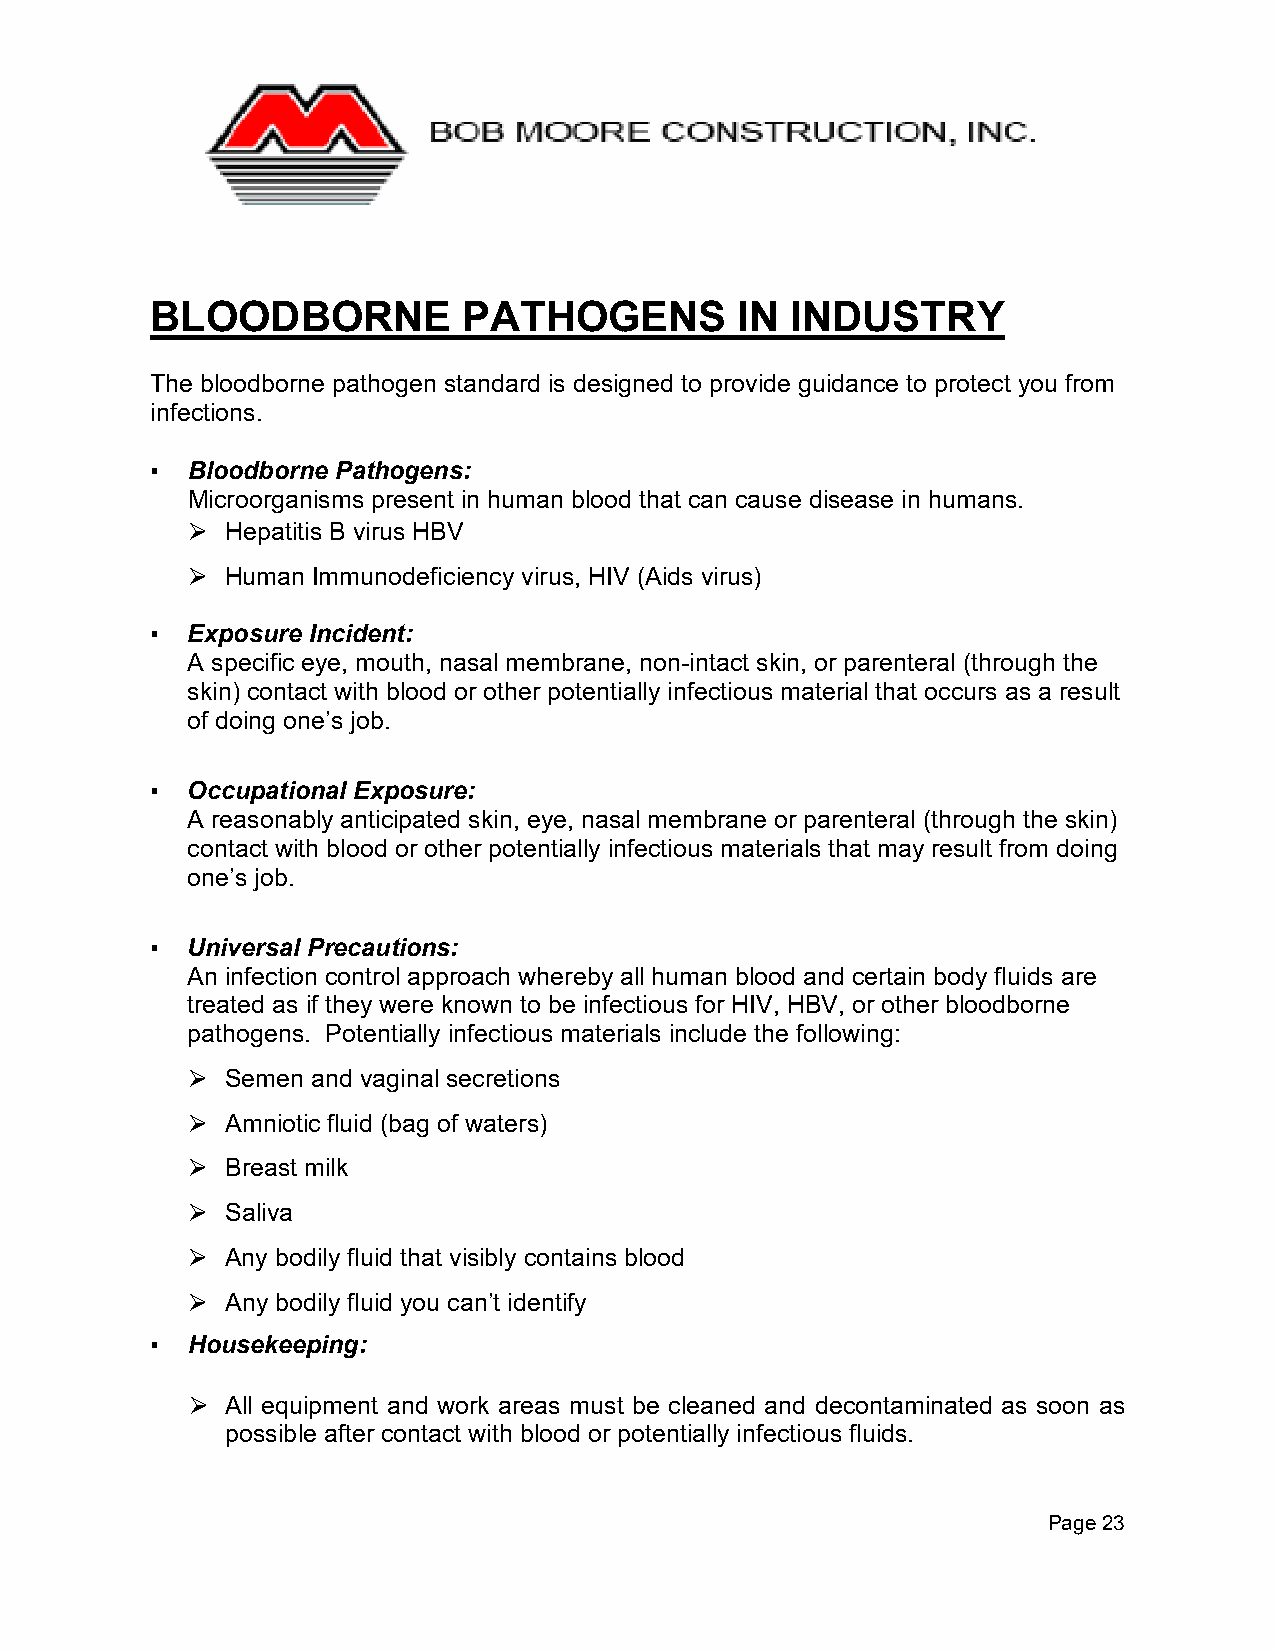
BLOODBORNE           PATHOGENS         IN INDUSTRY
 The bloodborne pathogen standard is designed to provide guidance to protect you from
 infections.
 ▪ Bloodborne Pathogens:
 Microorganisms present in human blood that can cause disease in humans.
 Hepatitis B virus HBV
 ⮚
 Human Immunodeficiency virus, HIV (Aids virus)
 ⮚
 ▪ Exposure Incident:
 A specific eye, mouth, nasal membrane, non-intact skin, or parenteral (through the
 skin) contact with blood or other potentially infectious material that occurs as a result
 of doing one’s job.
 ▪ Occupational Exposure:
 A reasonably anticipated skin, eye, nasal membrane or parenteral (through the skin)
 contact with blood or other potentially infectious materials that may result from doing
 one’s job.
 ▪ Universal Precautions:
 An infection control approach whereby all human blood and certain body fluids are
 treated as if they were known to be infectious for HIV, HBV, or other bloodborne
 pathogens. Potentially infectious materials include the following:
 Semen and vaginal secretions
 ⮚
 Amniotic fluid (bag of waters)
 ⮚
 Breast milk
 ⮚
 Saliva
 ⮚
 Any bodily fluid that visibly contains blood
 ⮚
 Any bodily fluid you can’t identify
 ⮚
 ▪ Housekeeping:
 All equipment and work areas must be cleaned and decontaminated as soon as
 ⮚
 possible after contact with blood or potentially infectious fluids.
 Page 23